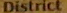
District